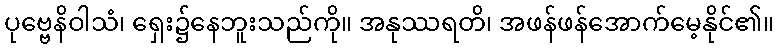
ပုဗ္ဗေနိဝါသံ၊ ရှေး၌နေဘူးသည်ကို။ အနုဿရတိ၊ အဖန်ဖန်အောက်မေ့နိုင်၏။